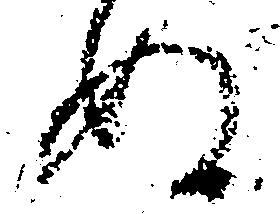
ぬ